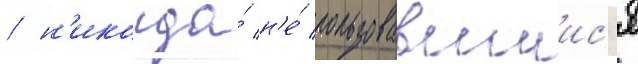
/ н'икогда́ н'е́ пользовавшиис'я